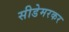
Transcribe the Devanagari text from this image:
सीडेमरकर